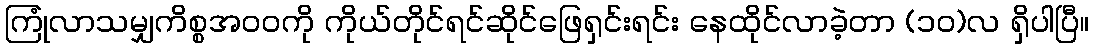
ကြုံလာသမျှကိစ္စအဝဝကို ကိုယ်တိုင်ရင်ဆိုင်ဖြေရှင်းရင်း နေထိုင်လာခဲ့တာ (၁၀)လ ရှိပါပြီ။